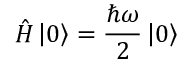
{ \hat { H } } \left| 0 \right\rangle = { \frac { \hbar \omega } { 2 } } \left| 0 \right\rangle